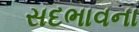
સદભાવના